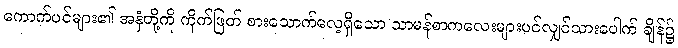
ကောက်ပင်များ၏ အနှံတို့ကို ကိုက်ဖြတ် စားသောက်လေ့ရှိသော သာမန်စာကလေးများပင်လျှင်သားပေါက် ချိန်၌